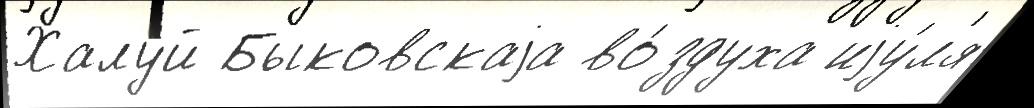
Халуй Быковскаjа во́здуха иjу́л'я